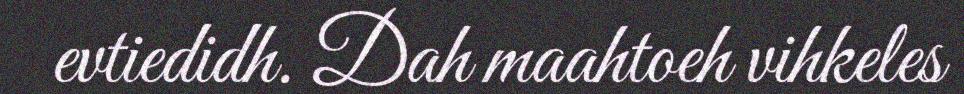
evtiedidh. Dah maahtoeh vihkeles